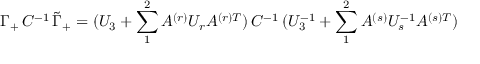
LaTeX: \Gamma _ { + } \, C ^ { - 1 } \, \tilde { \Gamma } _ { + } = ( U _ { 3 } + \sum _ { 1 } ^ { 2 } A ^ { ( r ) } U _ { r } A ^ { ( r ) T } ) \, C ^ { - 1 } \, ( U _ { 3 } ^ { - 1 } + \sum _ { 1 } ^ { 2 } A ^ { ( s ) } U _ { s } ^ { - 1 } A ^ { ( s ) T } )